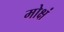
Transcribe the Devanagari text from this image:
मोक्षं